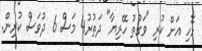
ޅޮހި އަށް ކުރި "ވަގުތު ހޭރިޔާ" ދަތުރު4 މަސް 6 ދުވަސް ކުރިން.